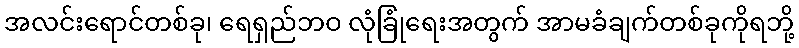
အလင်းရောင်တစ်ခု၊ ရေရှည်ဘဝ လုံခြုံရေးအတွက် အာမခံချက်တစ်ခုကိုရဘို့